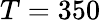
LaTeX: T=350